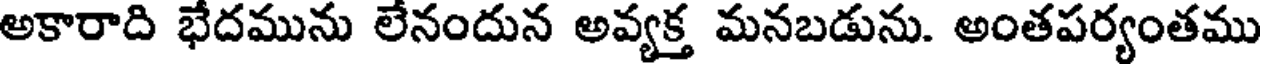
అకారాది భేదమును లేనందున అవ్యక్త మనబడును. అంతపర్యంతము